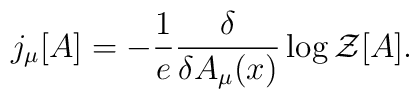
j_{\mu}[A]=-\frac{1}{e}\frac{\delta}{\delta A_{\mu}(x)}\log {\cal{Z}}[A].